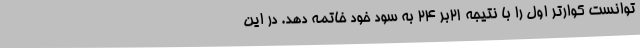
توانست کوارتر اول را با نتیجه 21بر 24 به سود خود خاتمه دهد. در این